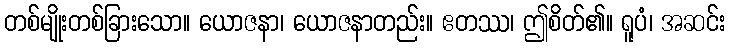
တစ်မျိုးတစ်ခြားသော။ ယောဇနာ၊ ယောဇနာတည်း။ ဧတဿ၊ ဤစိတ်၏။ ရူပံ၊ အဆင်း